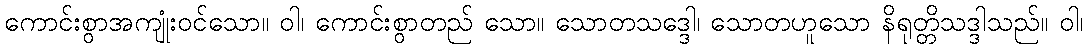
ကောင်းစွာအကျုံးဝင်သော။ ဝါ၊ ကောင်းစွာတည် သော။ သောတသဒ္ဒေါ၊ သောတဟူသော နိရုတ္တိသဒ္ဒါသည်။ ဝါ၊